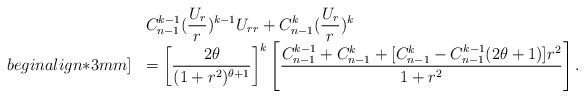
LaTeX: \begin{align*} \begin{array}{ll}&\displaystyle C_{n-1}^{k-1}(\frac{U_r}{r})^{k-1}U_{rr}+C_{n-1}^k(\frac{U_r}{r})^k\\begin{align*}3mm]&=\displaystyle\left[\frac{2\theta}{(1+r^2)^{\theta+1}}\right]^k\left[\frac{C_{n-1}^{k-1}+C_{n-1}^k+[C_{n-1}^k-C_{n-1}^{k-1}(2\theta+1)]r^2}{1+r^2}\right].\end{array}\end{align*}